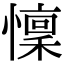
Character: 懍